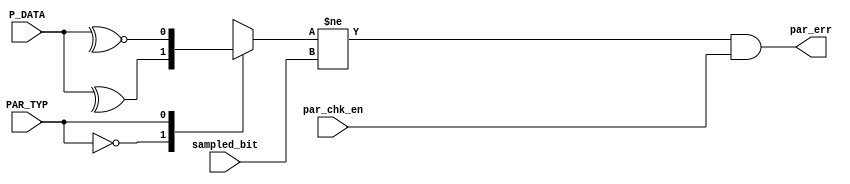
module parity_check (
input        par_chk_en,
input        PAR_TYP,
input [7:0]  P_DATA,
input        sampled_bit,
output       par_err
);
parameter Even = 0,
          Odd = 1;
          
reg par_calc;

always @(*)
begin
  case(PAR_TYP)
     Even: par_calc = ^P_DATA;
     Odd:  par_calc = ~^P_DATA;
   endcase
 end
 
 assign par_err = ( par_calc != sampled_bit ) & par_chk_en;
 
 endmodule